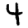
Digit: 4